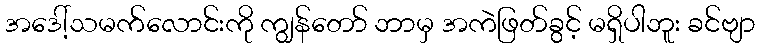
အဒေါ့်သမက်လောင်းကို ကျွန်တော် ဘာမှ အကဲဖြတ်ခွင့် မရှိပါဘူး ခင်ဗျာ